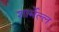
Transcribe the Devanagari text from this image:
शार्मेल्ल